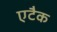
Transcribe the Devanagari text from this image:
एटैक